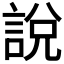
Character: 說